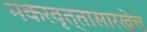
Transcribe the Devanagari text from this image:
मकरवृत्तासारखेच